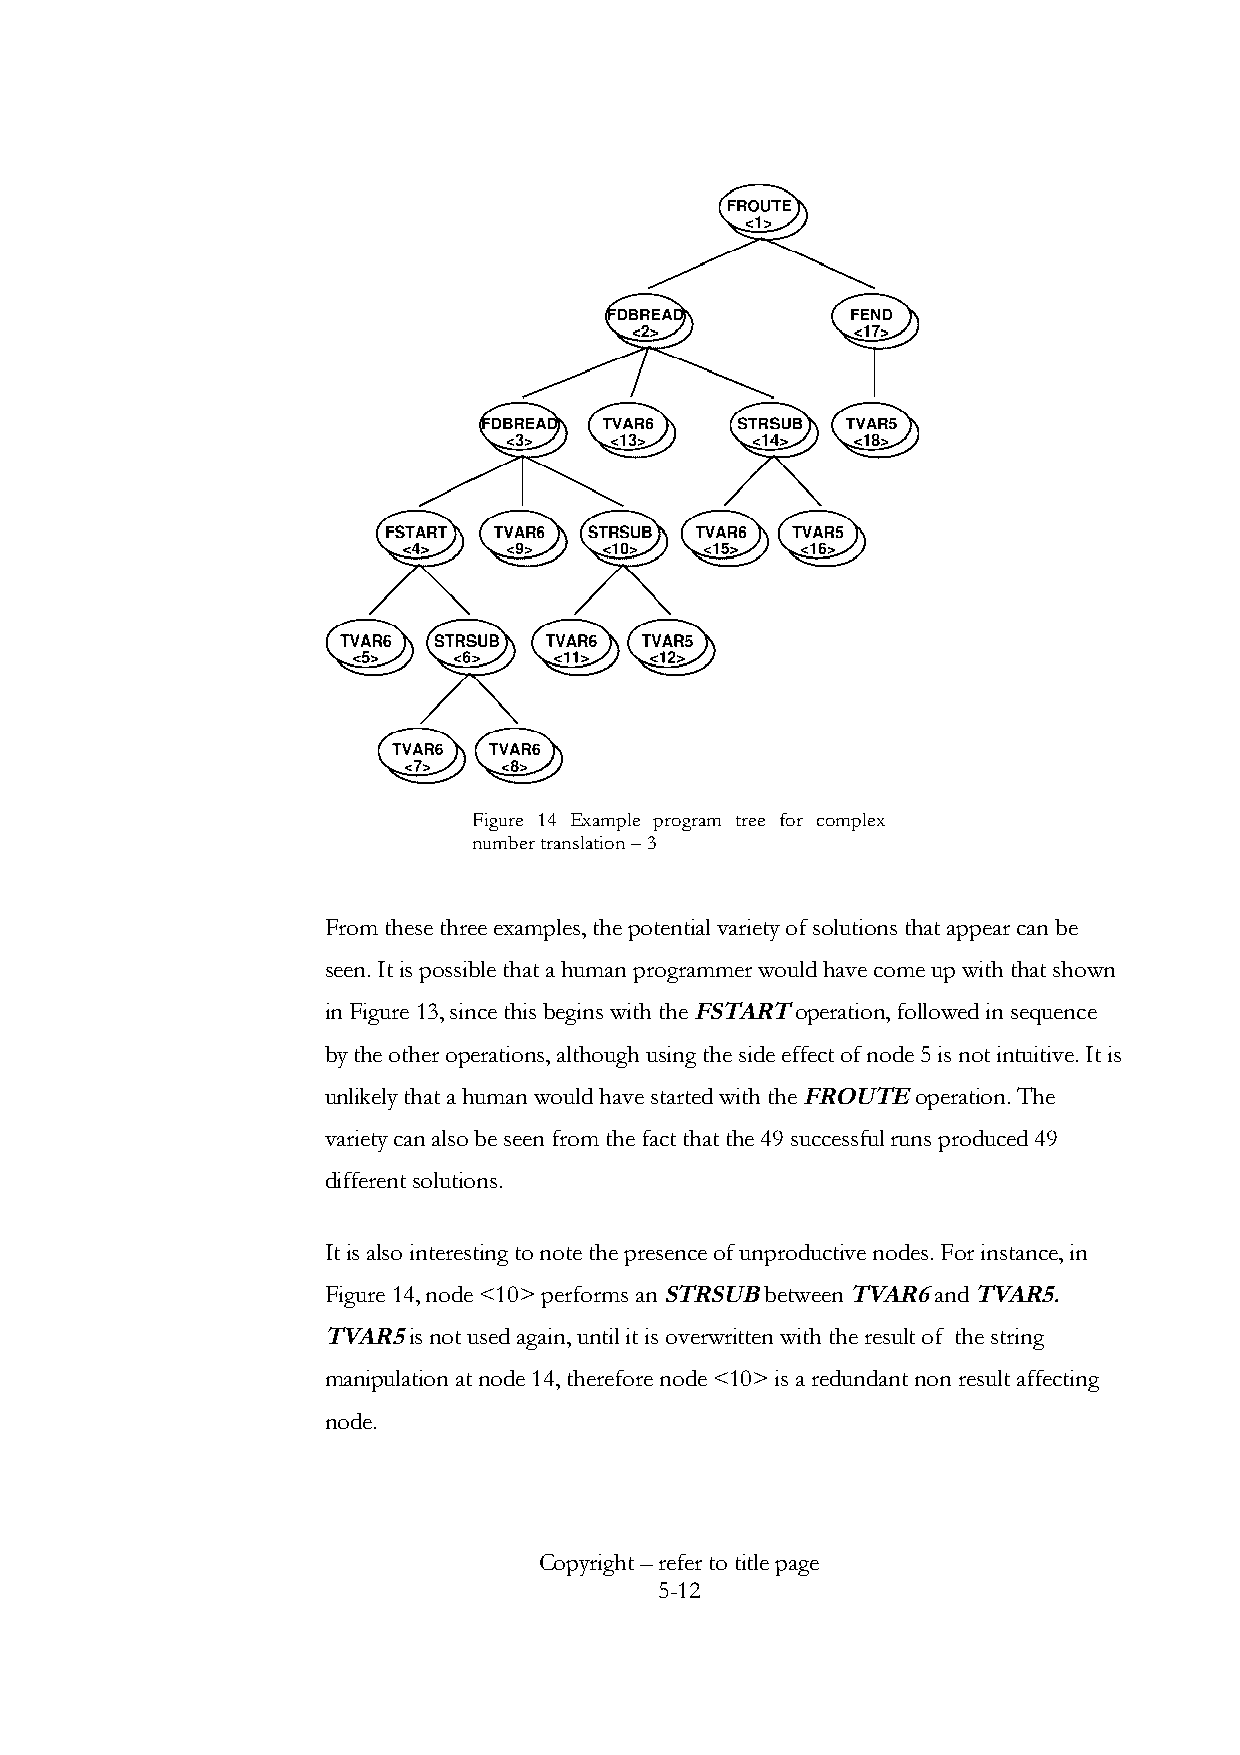
Figure 14 Example program tree for complex
 number translation – 3
 From these three examples, the potential variety of solutions that appear can be
 seen. It is possible that a human programmer would have come up with that shown
 in Figure 13, since this begins with the FSTART operation, followed in sequence
 by the other operations, although using the side effect of node 5 is not intuitive. It is
 unlikely that a human would have started with the FROUTE operation. The
 variety can also be seen from the fact that the 49 successful runs produced 49
 different solutions.
 It is also interesting to note the presence of unproductive nodes. For instance, in
 Figure 14, node <10> performs an STRSUB between TVAR6 and TVAR5.
 TVAR5 is not used again, until it is overwritten with the result of the string
 manipulation at node 14, therefore node <10> is a redundant non result affecting
 node.
 Copyright – refer to title page
 5-12